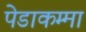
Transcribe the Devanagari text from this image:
पेडाकम्मा